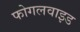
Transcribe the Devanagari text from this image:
फोगलवाइड